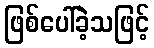
ဖြစ်ပေါ်ခဲ့သဖြင့်